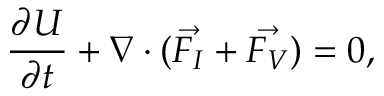
\frac { \partial U } { \partial t } + \nabla \cdot ( \vec { F _ { I } } + \vec { F _ { V } } ) = 0 ,